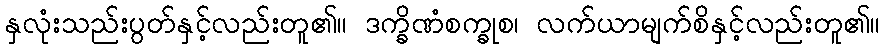
နှလုံးသည်းပွတ်နှင့်လည်းတူ၏။ ဒက္ခိဏံစက္ခုစ၊ လက်ယာမျက်စိနှင့်လည်းတူ၏။